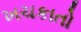
ખચકાતો